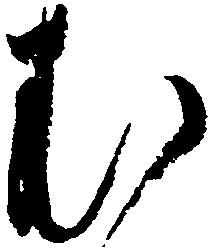
む